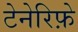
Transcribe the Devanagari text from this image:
टेनेरिफ़े